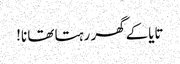
تایاکے گھر رہتا تھا نا!